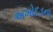
અખોદડના